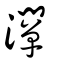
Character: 灛